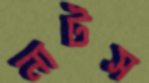
নাটস